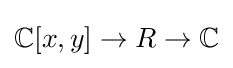
\mathbb {C} [x,y]\to R\to \mathbb {C}